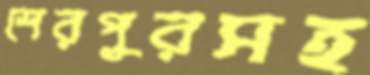
শেরপুরসহ